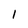
Character: l